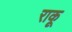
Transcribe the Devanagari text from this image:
राकू